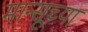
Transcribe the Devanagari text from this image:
मान्सूच्या